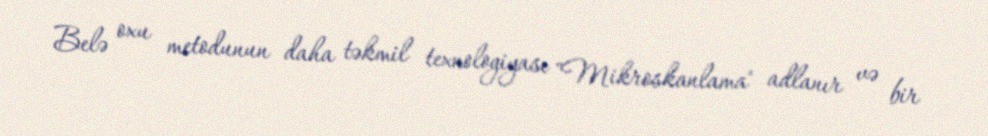
Belə oxu metodunun daha təkmil texnologiyası "Mikroskanlama" adlanır və bir